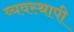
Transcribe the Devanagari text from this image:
व्यवस्थापी